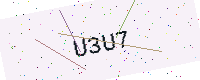
Text: U3U7